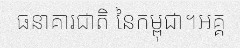
ធនាគារជាតិ នៃកម្ពុជា។អគ្គ